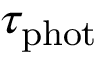
\tau _ { \mathrm { p h o t } }